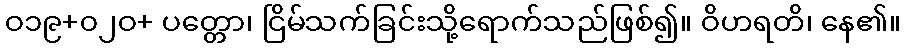
ဝ၁၉+၀၂ဝ+ ပတ္တော၊ ငြိမ်သက်ခြင်းသို့ရောက်သည်ဖြစ်၍။ ဝိဟရတိ၊ နေ၏။